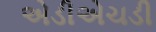
એડીએચડી